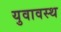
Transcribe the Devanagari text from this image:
युवावस्थ